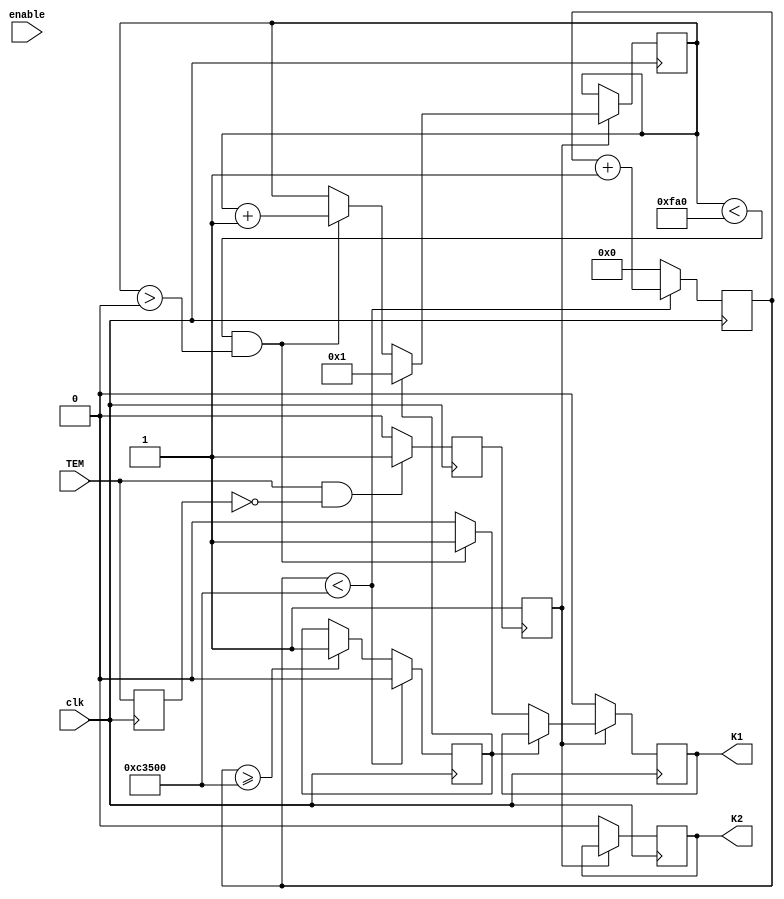
/*


module K1Module(
  input enable,
  input clk,
  input TEM,
  output reg K1,
  output reg K2
);

  reg [31:0] k1count;
  reg TEM_prev;
  reg keyflag;
  reg timflag;
  reg [15:0]tim_cnt;
 initial begin
      keyflag=0;
	   timflag=0;	
		//tim_cnt20m's=0;
		K1=0;
      K2=0;	  
   end
 always @(posedge clk) begin
    // Reset the counter on every rising edge of the clock
    if ((k1count == 32'hFFFFFFFF)||(timflag==1)) begin
      k1count <= 0;
    end 
    else begin
      k1count <= k1count + 1;
	  end
 end
	
  always @(posedge clk) begin
      // Detect rising edge of TEM
      if (TEM && !TEM_prev) begin
		 keyflag<=1;
      end 
      else 
		begin
	    keyflag<=keyflag;    
      end
    // Store the previous value of TEM
    TEM_prev <= TEM;
  end
  
  
  
  always @(posedge clk) begin
	  if(enable) begin
			if(timflag==1)
			begin 
			K1 <= 1;
			timflag<=0;
			end 
			  
			else if (K1 &&(k1count < 31'd800)) // 20us pulse duration
				  K1 <= 1;
			else if (K1 && (k1count >= 31'd800)) // Ensure K1 is 0 after pulse
				  K1 <= 0;
			else  K1 <= 0;
	   end
	   else begin
	     K1 <= 0;
		 K2 <= 0;
	   end
	   
   end
	
	//100us
 always @(posedge clk) begin
   
  if(enable)begin
		 if(keyflag)
			begin
			  tim_cnt <= 16'd1;
			  timflag<=0;
			 
		 end else if((tim_cnt < 16'd4000)&&(tim_cnt>16'd0)) begin 
		 
			  tim_cnt <= tim_cnt + 1'b1;
			  
		 end else if(tim_cnt >= 16'd4000)
			begin 
			 // tim_cnt <= 16'd3999;
			  tim_cnt<=16'd1;
			  timflag<=1;
			 
		 end else 
		  begin 
			timflag<=0;
			tim_cnt<=0;
		 end 
    
	end 
	end

endmodule
*/
/*
module K1Module(
  input enable,
  input clk,
  input TEM,
  output reg K1,
  output reg K2
);

  reg [31:0] k1count;
  reg TEM_prev;
  reg keyflag;
  reg timflag;
  reg [15:0]tim_cnt;

  initial begin
    keyflag = 0;
    timflag = 0;
    K1 = 0;
    K2 = 0;
  end

  always @(posedge clk) begin
    // Reset the counter on every rising edge of the clock
    if ((k1count == 32'hFFFFFFFF) || (timflag == 1)) begin
      k1count <= 0;
    end 
    else begin
      k1count <= k1count + 1;
    end
  end

  always @(posedge clk) begin
    // Detect rising edge of TEM
    if (TEM && !TEM_prev) begin
      keyflag <= 1;
    end 
    else begin
      keyflag <= 0;//keyflag;    
    end
    // Store the previous value of TEM
    TEM_prev <= TEM;
  end

  // Generate a pulse every 100 microseconds
  always @(posedge clk) begin
    if (enable) begin
      if (keyflag) begin
        tim_cnt <= 16'd1;
        timflag <= 0;
      end 
      else if ((tim_cnt < 16'd4000) && (tim_cnt > 16'd0)) begin
        tim_cnt <= tim_cnt + 1'b1;
      end 
      else if (tim_cnt >= 16'd4000) begin
        tim_cnt <= 16'd1;
        timflag <= 1;
      end 
      else begin
        timflag <= 0;
        tim_cnt <= 0;
      end
    end
  end

  // Generate a 20us pulse every 100us
  always @(posedge clk) begin
    if (enable) begin
      if (timflag) begin
        if (k1count < 31'd800) begin
          K1 <= 1;
        end 
        else begin
          K1 <= 0;
        end
      end
      else begin
        K1 <= 0;
      end
    end
    else begin
      K1 <= 0;
      K2 <= 0;
    end
  end
endmodule


module K1Module(
  input enable,
  input clk,
  input TEM,
  output reg K1,
  output reg K2
);

  reg [31:0] k1count;
  reg TEM_prev;
  reg keyflag;
  reg timflag;
  reg [15:0]tim_cnt;

  initial begin
    keyflag = 0;
    timflag = 0;
    K1 = 0;
    K2 = 0;
  end

  always @(posedge clk) begin
    // Reset the counter on every rising edge of the clock
    if ((k1count == 32'hFFFFFFFF) || (timflag == 1)) begin
      k1count <= 0;
    end 
    else begin
      k1count <= k1count + 1;
    end
  end

  always @(posedge clk) begin
    // Detect rising edge of TEM
    if (TEM && !TEM_prev) begin
      keyflag <= 1;
    end 
    else begin
      keyflag <= 0; // Set keyflag to 0 if no rising edge
    end
    // Store the previous value of TEM
    TEM_prev <= TEM;
  end

  // Generate a pulse every 100 microseconds
  always @(posedge clk) begin
    if (enable) begin
      if (keyflag) begin
        tim_cnt <= 16'd1;
        timflag <= 0;
      end 
      else if ((tim_cnt < 16'd4000) && (tim_cnt > 16'd0)) begin
        tim_cnt <= tim_cnt + 1'b1;
      end 
      else if (tim_cnt >= 16'd4000) begin
        tim_cnt <= 16'd1;
        timflag <= 1;
      end 
      else begin
        timflag <= 0;
        tim_cnt <= 0;
      end
    end
  end

  // Generate a 20us pulse every 100us
  always @(posedge clk) begin
    if (enable) begin
      if (timflag) begin
        if (k1count < 31'd800) begin
          K1 <= 1;
        end 
        else begin
          K1 <= 0;
        end
      end
      else begin
        K1 <= 0;
      end
    end
    else begin
      K1 <= 0;
      K2 <= 0;
    end
  end
endmodule

*/

module K1Module(
  input enable,
  input clk,
  input TEM,
  output reg K1,
  output reg K2
);

  reg [31:0] k1count;
  reg [31:0] tim_cnt;
  reg [31:0] pulse_duration; // Counter to control pulse duration
  reg timflg;
  reg keyflag;
  reg startflag;
  reg TEM_prev;
  initial begin
    K1 = 0;
    K2 = 0;
    k1count = 0;
    tim_cnt = 0;
	 //senable=0;
	 timflg=0;
    pulse_duration = 16'h0000; // Set initial pulse duration
  end

  always @(posedge clk) begin
    // Reset the counter on every rising edge of the clock
    if (k1count == 32'hFFFFFFFF) begin
      k1count <= 0;
    end 
    else begin
      k1count <= k1count + 1;
    end
  end

  // Generate a pulse every 100 microseconds
  always @(posedge clk) begin
   // if (enable) begin

	   if (tim_cnt < 32'd800000)begin //&& (tim_cnt > 16'd0)) begin
        tim_cnt <= tim_cnt + 1'b1;
		  timflg <= 0;
      end 
      else if (tim_cnt >= 32'd800000) begin
        tim_cnt <= 16'd0;
		  timflg <=1;
      end 
      else begin
        tim_cnt <= 0;
      end
		
  end

  // Generate a 20us pulse every 100us
  always @(posedge clk) begin
   // if (enable) begin
	if (startflag) begin
      if (timflg==1) begin
        // Reset pulse duration counter at the beginning of each 100us period
        pulse_duration <= 4'b1;
		end
		else if((pulse_duration < 16'd4000) && (pulse_duration > 16'd0)) begin
        pulse_duration <= pulse_duration + 1;
        K1 <= 1; 
		end
		else begin
		  K1<=0;
      end
   end
   else begin
      K1 <= 0;
      K2 <= 0;
    end
   end
  
 always @(posedge clk) begin
    // Detect rising edge of TEM
    if (TEM && !TEM_prev) begin
      keyflag <= 1;
    end 
    else begin
      keyflag <= 0; // Set keyflag to 0 if no rising edge
    end
    // Store the previous value of TEM
    TEM_prev <= TEM;
  end
  
 always @(posedge keyflag) begin
  startflag=1;
  end
  
endmodule